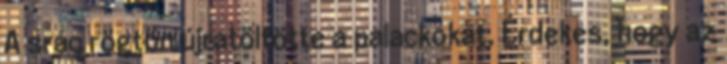
A srác rögtön újratöltötte a palackokat. Érdekes, hogy az